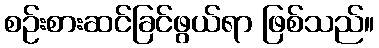
စဉ်းစားဆင်ခြင်ဖွယ်ရာ ဖြစ်သည်။